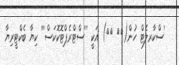
'ސްކާރލެޓް ހުން({{ }}) އަކީ '''ސްޓްރެޕްޓޮކޮކަސް''' ކިޔާ ބެކްޓީރިޔާ